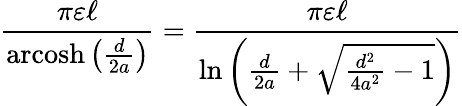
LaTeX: {\frac{\pi\varepsilon\ell}{\operatorname{arcosh}\left({\frac{d}{2a}}\right)}}={\frac{\pi\varepsilon\ell}{\ln\left({\frac{d}{2a}}+{\sqrt{{\frac{d^{2}}{4a^{2}}}-1}}\right)}}